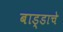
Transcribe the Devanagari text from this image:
बाड्डाचे